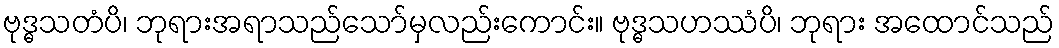
ဗုဒ္ဓသတံပိ၊ ဘုရားအရာသည်သော်မှလည်းကောင်း။ ဗုဒ္ဓသဟဿံပိ၊ ဘုရား အထောင်သည်